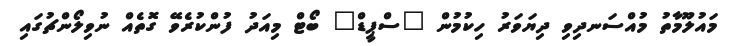
މައުލޫމާތު މުއްސަނދިވި ދިޔަވަރު ހިކުމުން "ސްޕީޑް" ބޯޓް މިއަދު ފުންކުރެވޭ ގޮތެއް ނުވިލޯންޗުގައި